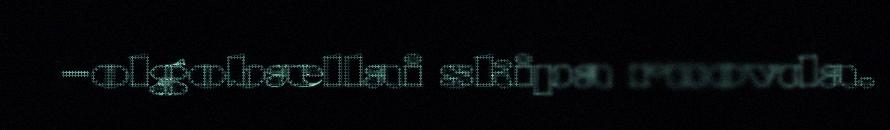
–olgobællai skipa ruovda.